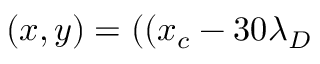
( x , y ) = ( ( x _ { c } - 3 0 \lambda _ { D }